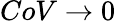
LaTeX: CoV\rightarrow 0